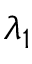
\lambda _ { 1 }